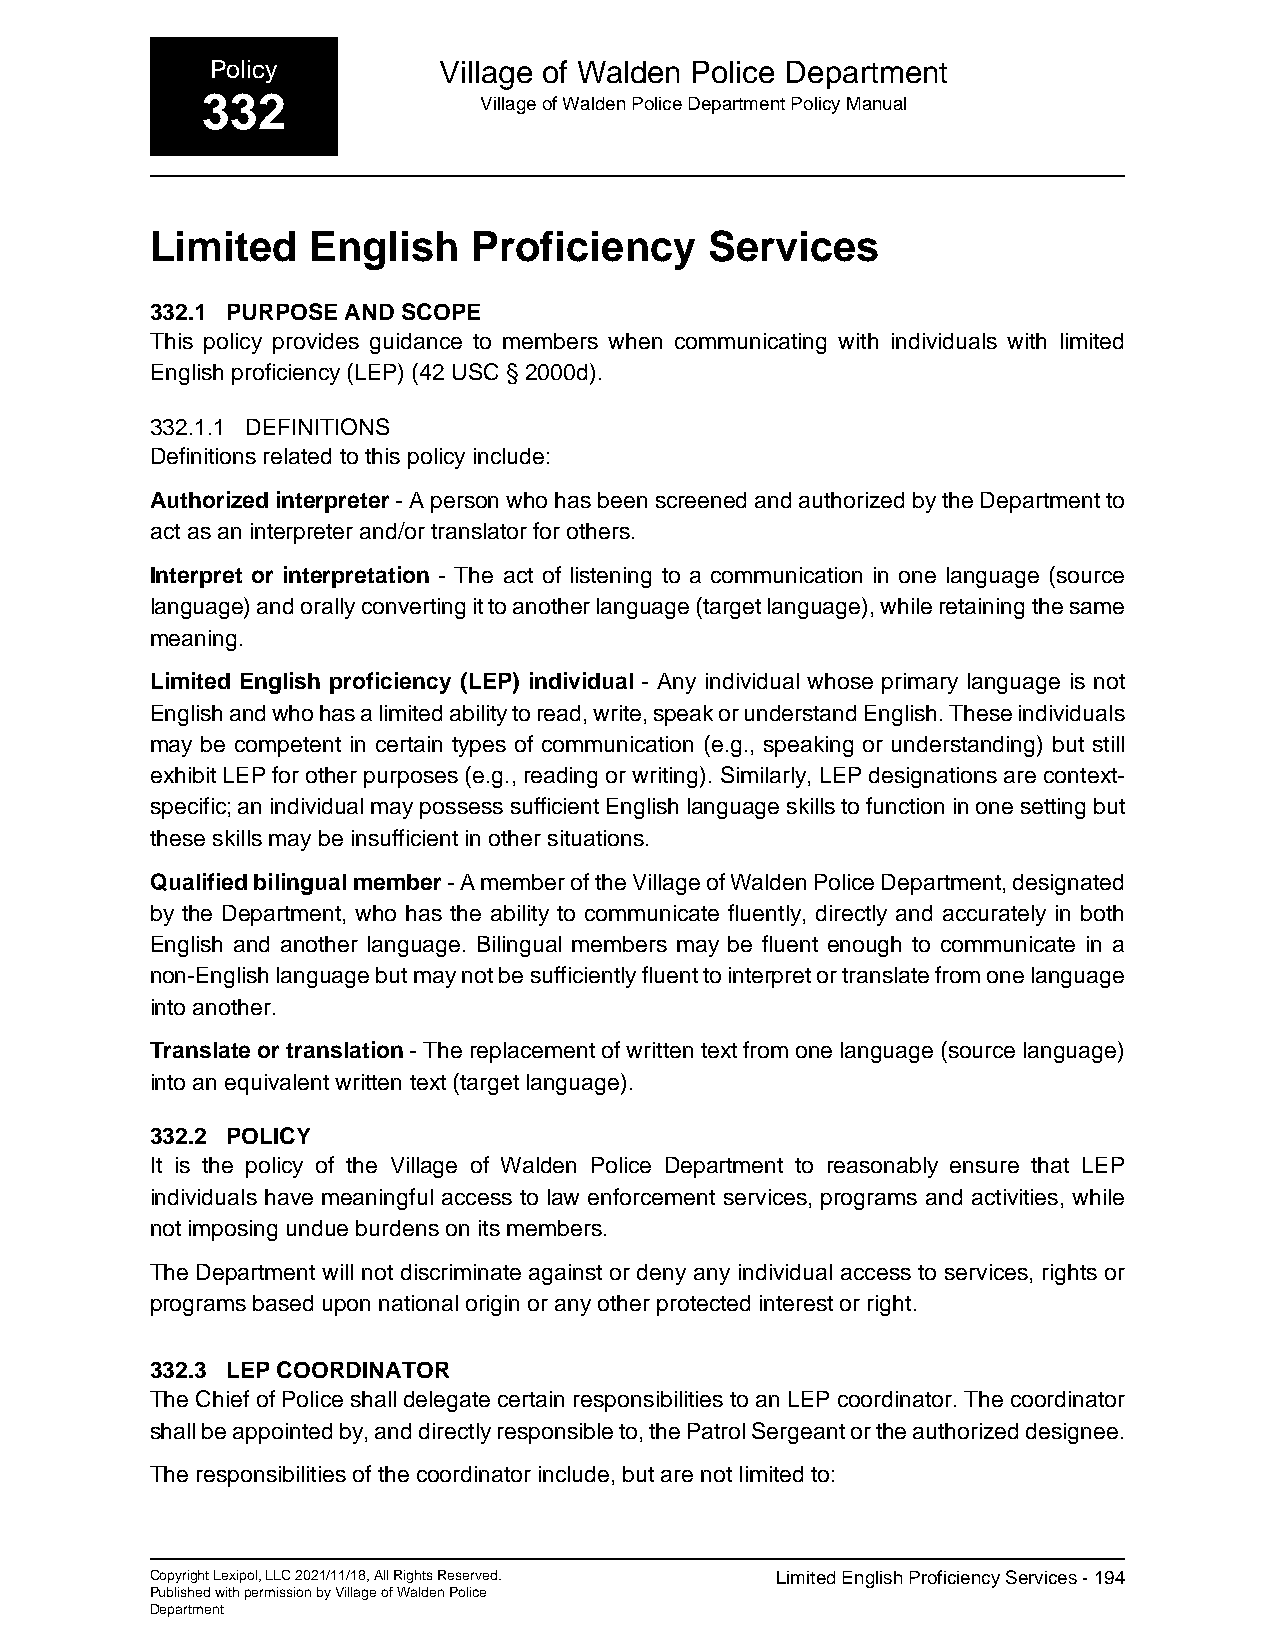
Policy         Village of Walden Police Department
 332                Village of Walden Police Department Policy Manual
 Limited    English   Proficiency     Services
 332.1 PURPOSE AND SCOPE
 This policy provides guidance to members when communicating with individuals with limited
 English proficiency (LEP) (42 USC § 2000d).
 332.1.1 DEFINITIONS
 Definitions related to this policy include:
 Authorized interpreter - A person who has been screened and authorized by the Department to
 act as an interpreter and/or translator for others.
 Interpret or interpretation - The act of listening to a communication in one language (source
 language) and orally converting it to another language (target language), while retaining the same
 meaning.
 Limited English proficiency (LEP) individual - Any individual whose primary language is not
 English and who has a limited ability to read, write, speak or understand English. These individuals
 may be competent in certain types of communication (e.g., speaking or understanding) but still
 exhibit LEP for other purposes (e.g., reading or writing). Similarly, LEP designations are context-
 specific; an individual may possess sufficient English language skills to function in one setting but
 these skills may be insufficient in other situations.
 Qualified bilingual member - A member of the Village of Walden Police Department, designated
 by the Department, who has the ability to communicate fluently, directly and accurately in both
 English and another language. Bilingual members may be fluent enough to communicate in a
 non-English language but may not be sufficiently fluent to interpret or translate from one language
 into another.
 Translate or translation - The replacement of written text from one language (source language)
 into an equivalent written text (target language).
 332.2 POLICY
 It is the policy of the Village of Walden Police Department to reasonably ensure that LEP
 individuals have meaningful access to law enforcement services, programs and activities, while
 not imposing undue burdens on its members.
 The Department will not discriminate against or deny any individual access to services, rights or
 programs based upon national origin or any other protected interest or right.
 332.3 LEP COORDINATOR
 The Chief of Police shall delegate certain responsibilities to an LEP coordinator. The coordinator
 shall be appointed by, and directly responsible to, the Patrol Sergeant or the authorized designee.
 The responsibilities of the coordinator include, but are not limited to:
 Copyright Lexipol, LLC 2021/11/18, All Rights Reserved. Limited English Proficiency Services - 194
 Published with permission by Village of Walden Police
 Department